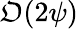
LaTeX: \mathfrak{O}(2\psi)